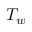
T _ { w }